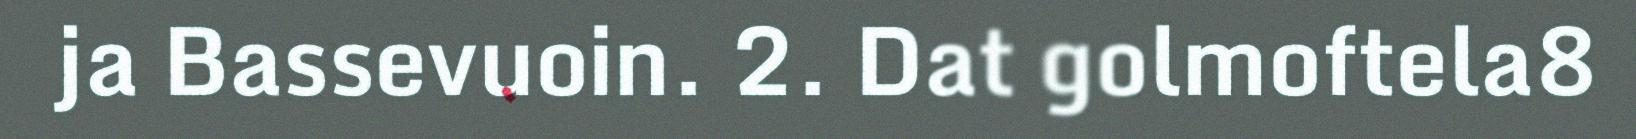
ja Bassevuoin. 2. Dat golmoftela8